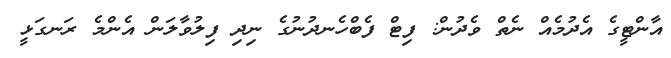
އާންޓީގެ އެދުމެއް ނެތް ވެދުން: ފިޓް ފެބްހެނދުނުގެ ނިދި ފިލުވާލަން އެންމެ ރަނގަޅީ